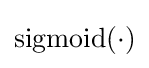
{\text{sigmoid}}(\cdot )